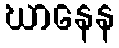
ဃာနေန